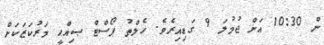
ން 10:30 އަށް ޖުމުލަ 9 ގަޑިއިރެވެ. ހެލްތު ޕޯސްޓް ޞިއްޙީ މަރުކަޒަކަށް